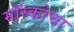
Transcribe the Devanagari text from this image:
मॉस्कोचा